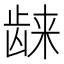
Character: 𱌴